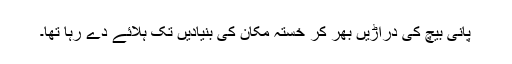
پانی بیچ کی دراڑیں بھر کر خستہ مکان کی بنیادیں تک ہلائے دے رہا تھا۔